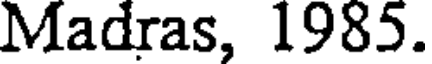
Madras, 1985.